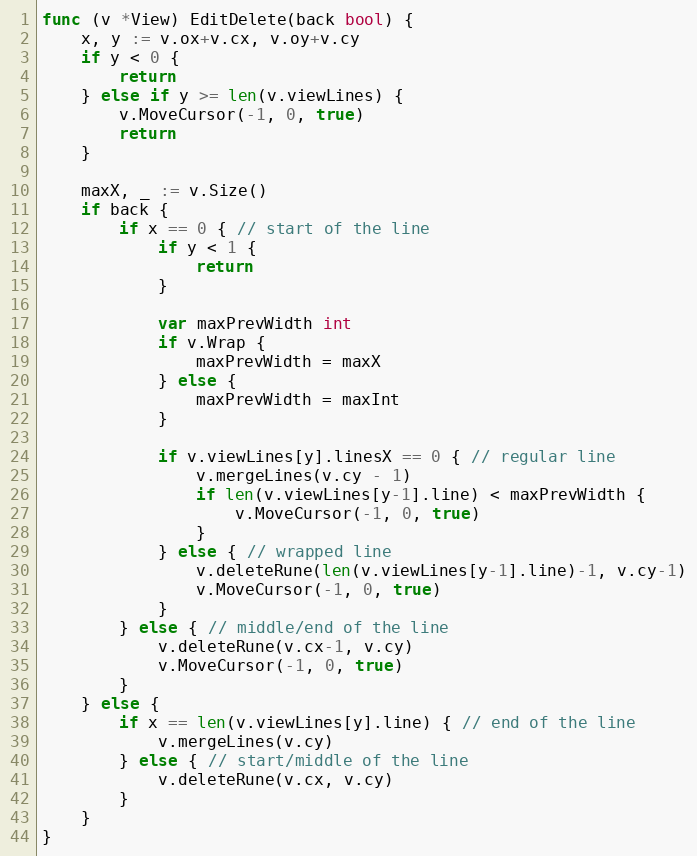
Language: Go
func (v *View) EditDelete(back bool) {
	x, y := v.ox+v.cx, v.oy+v.cy
	if y < 0 {
		return
	} else if y >= len(v.viewLines) {
		v.MoveCursor(-1, 0, true)
		return
	}

	maxX, _ := v.Size()
	if back {
		if x == 0 { // start of the line
			if y < 1 {
				return
			}

			var maxPrevWidth int
			if v.Wrap {
				maxPrevWidth = maxX
			} else {
				maxPrevWidth = maxInt
			}

			if v.viewLines[y].linesX == 0 { // regular line
				v.mergeLines(v.cy - 1)
				if len(v.viewLines[y-1].line) < maxPrevWidth {
					v.MoveCursor(-1, 0, true)
				}
			} else { // wrapped line
				v.deleteRune(len(v.viewLines[y-1].line)-1, v.cy-1)
				v.MoveCursor(-1, 0, true)
			}
		} else { // middle/end of the line
			v.deleteRune(v.cx-1, v.cy)
			v.MoveCursor(-1, 0, true)
		}
	} else {
		if x == len(v.viewLines[y].line) { // end of the line
			v.mergeLines(v.cy)
		} else { // start/middle of the line
			v.deleteRune(v.cx, v.cy)
		}
	}
}